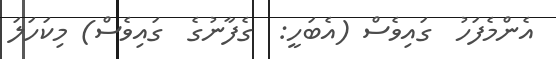
އެންމެފަހު  ގައިވެސް (އެބަހީ:  ގެފާނުގެ  ގައިވެސް) މިކަހަލަ